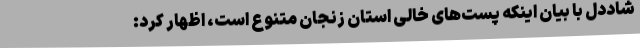
شاددل با بیان اینکه پست‌های خالی استان زنجان متنوع است، اظهار کرد: